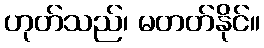
ဟုတ်သည်၊ မတတ်နိုင်။